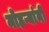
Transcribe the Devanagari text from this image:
मोहऱ्यांनी